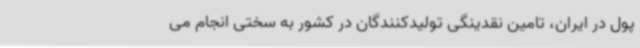
پول در ایران، تامین نقدینگی تولیدکنندگان در کشور به سختی انجام می